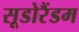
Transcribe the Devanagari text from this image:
सूडोरैंडम